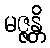
မဇ္ဇန္တိ